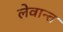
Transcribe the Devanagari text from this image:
लेवान्त